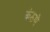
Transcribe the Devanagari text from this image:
कंठणे